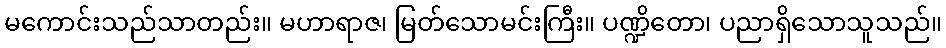
မကောင်းသည်သာတည်း။ မဟာရာဇ၊ မြတ်သောမင်းကြီး။ ပဏ္ဍိတော၊ ပညာရှိသောသူသည်။